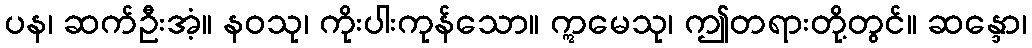
ပန၊ ဆက်ဦးအံ့။ နဝသု၊ ကိုးပါးကုန်သော။ ဣမေသု၊ ဤတရားတို့တွင်။ ဆန္ဒော၊